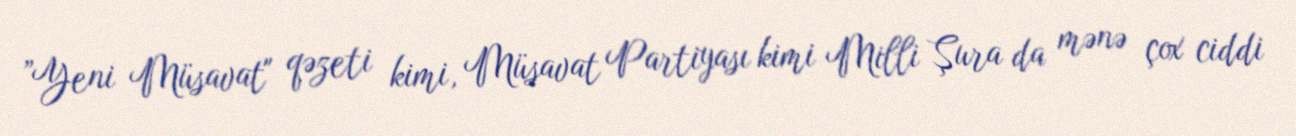
”Yeni Müsavat" qəzeti kimi, Müsavat Partiyası kimi Milli Şura da mənə çox ciddi